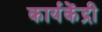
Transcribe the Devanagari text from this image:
कार्यकेंद्री